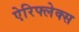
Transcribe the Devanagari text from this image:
ऐरिफ्लेक्स